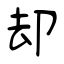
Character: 却